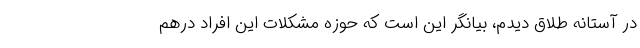
در آستانه طلاق دیدم، بیانگر این است که حوزه مشکلات این افراد درهم